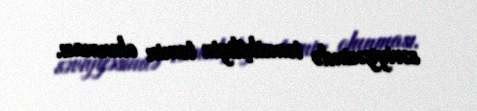
səviyyəsində təmsilçiliyin təmin olunması.